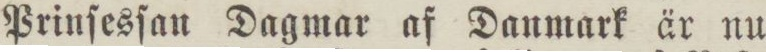
Prinſesſan Dagmar af Danmark är nu